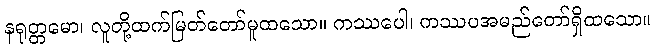
နရုတ္တမော၊ လူတို့ထက်မြတ်တော်မူထသော။ ကဿပေါ၊ ကဿပအမည်တော်ရှိထသော။